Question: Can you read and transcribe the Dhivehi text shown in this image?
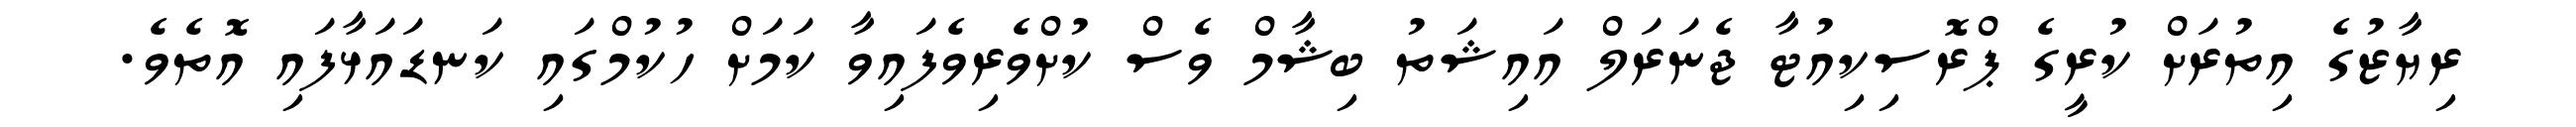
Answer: ރިޔާޒުގެ އިތުރަށް ކުރީގެ ޕްރޮސިކިއުޓާ ޖެނަރަލް އައިޝަތު ބިޝާމް ވެސް ކުށްވެރިވެފައިވާ ކަމަށް ހުކުމްގައި ކަނޑައަޅާފައި އޮތެވެ.